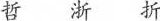
哲 浙 折